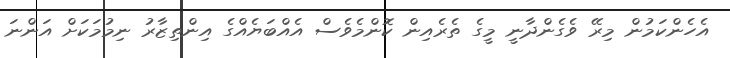
އެހެންކަމުން މިރޭ ވެގެންދާނީ މީގެ ތެރެއިން ކޮންމެވެސް އެއްބަޔެއްގެ އިންތިޒާރު ނިމުމަކަށް އަންނަ